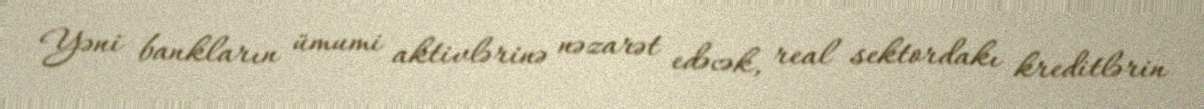
Yəni bankların ümumi aktivlərinə nəzarət edəcək, real sektordakı kreditlərin